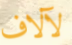
لآلاف